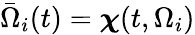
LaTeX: \bar{\Omega}_{i}(t)=\boldsymbol{\chi}(t,\Omega_{i})